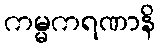
ကမ္မကရဏာနိ